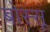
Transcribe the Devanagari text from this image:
बोस्सू